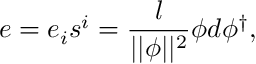
e = e _ { i } s ^ { i } = \frac l { | | \phi | | ^ { 2 } } \phi d \phi ^ { \dagger } ,